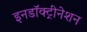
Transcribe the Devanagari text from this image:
इनडॉक्ट्रीनेशन